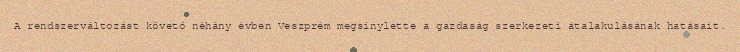
A rendszerváltozást követő néhány évben Veszprém megsínylette a gazdaság szerkezeti átalakulásának hatásait.